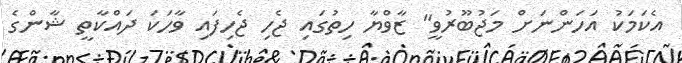
އެކަމަކު އަހަންނަށް މަޖުބޫރުވީ" ޒާވްޔާ ހިތުގައި ޖެހި ޖެހިފައި ވާހަކަ ދައްކާތީ ޝާންގެ